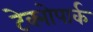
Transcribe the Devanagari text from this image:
टेक्नोपार्क